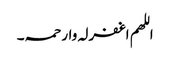
اللھم اغفرلہ وارحمہ۔